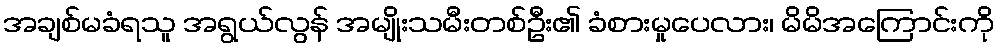
အချစ်မခံရသူ အရွယ်လွန် အမျိုးသမီးတစ်ဦး၏ ခံစားမှုပေလား၊ မိမိအကြောင်းကို